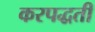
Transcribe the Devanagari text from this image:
करपद्धती